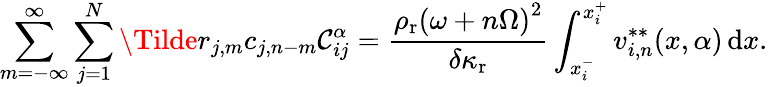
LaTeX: \sum_{m=-\infty}^{\infty}\sum_{j=1}^{N}\Tilde{r}_{j,m}c_{j,n-m}\mathcal{C}_{ij}^{\alpha}=\frac{{\rho_{\mathrm{{r}}}\left(\omega+n\Omega\right)^{2}}}{{\delta\kappa_{\mathrm{{r}}}}}\int_{x_{i}^{-}}^{x_{i}^{+}}v_{i,n}^{**}(x,\alpha)\, \mathrm{{d}}x.